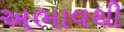
અભાવથી